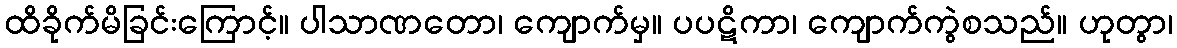
ထိခိုက်မိခြင်းကြောင့်။ ပါသာဏတော၊ ကျောက်မှ။ ပပဋိကာ၊ ကျောက်ကွဲစသည်။ ဟုတွာ၊